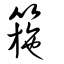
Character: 箷